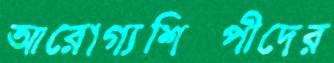
আরোগ্যশিল্পীদের